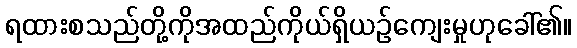
ရထားစသည်တို့ကိုအထည်ကိုယ်ရှိယဉ်ကျေးမှုဟုခေါ်၏။